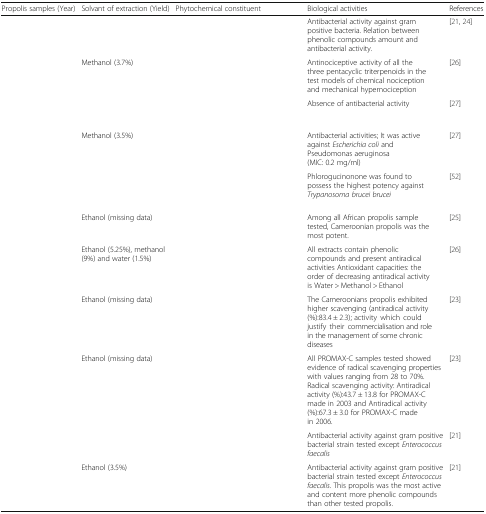
<table><thead><tr><td><b>Propolis samples (Year)</b></td><td><b>Solvant of extraction (Yield)</b></td><td><b>Phytochemical constituent</b></td><td><b>Biological activities</b></td><td><b>References</b></td></tr></thead><tbody><tr><td>[EMPTY_CELL]</td><td>[EMPTY_CELL]</td><td>[EMPTY_CELL]</td><td>Antibacterial activity against gram positive bacteria. Relation between phenolic compounds amount and antibacterial activity.</td><td>[21, 24]</td></tr><tr><td>[EMPTY_CELL]</td><td>Methanol (3.7%)</td><td>[EMPTY_CELL]</td><td>Antinociceptive activity of all the three pentacyclic triterpenoids in the test models of chemical nociception and mechanical hypernociception</td><td>[26]</td></tr><tr><td>[EMPTY_CELL]</td><td>[EMPTY_CELL]</td><td>[EMPTY_CELL]</td><td>Absence of antibacterial activity</td><td>[27]</td></tr><tr><td>[EMPTY_CELL]</td><td>Methanol (3.5%)</td><td>[EMPTY_CELL]</td><td>Antibacterial activities; It was active against <i>Escherichia coli</i> and Pseudomonas aeruginosa (MIC: 0.2 mg/ml)</td><td>[27]</td></tr><tr><td>[EMPTY_CELL]</td><td>[EMPTY_CELL]</td><td>[EMPTY_CELL]</td><td>Phlorogucinonone was found to possess the highest potency against <i>Trypanosoma brucei brucei</i></td><td>[52]</td></tr><tr><td>[EMPTY_CELL]</td><td>Ethanol (missing data)</td><td>[EMPTY_CELL]</td><td>Among all African propolis sample tested, Cameroonian propolis was the most potent.</td><td>[25]</td></tr><tr><td>[EMPTY_CELL]</td><td>Ethanol (5.25%), methanol (9%) and water (1.5%)</td><td>[EMPTY_CELL]</td><td>All extracts contain phenolic compounds and present antiradical activities Antioxidant capacities: the order of decreasing antiradical activity is Water &gt; Methanol &gt; Ethanol</td><td>[26]</td></tr><tr><td>[EMPTY_CELL]</td><td>Ethanol (missing data)</td><td>[EMPTY_CELL]</td><td>The Cameroonians propolis exhibited higher scavenging (antiradical activity (%):83.4 ± 2.3); activity which could justify their commercialisation and role in the management of some chronic diseases</td><td>[23]</td></tr><tr><td>[EMPTY_CELL]</td><td>Ethanol (missing data)</td><td>[EMPTY_CELL]</td><td>All PROMAX-C samples tested showed evidence of radical scavenging properties with values ranging from 28 to 70%. Radical scavenging activity: Antiradical activity (%):43.7 ± 13.8 for PROMAX-C made in 2003 and Antiradical activity (%):67.3 ± 3.0 for PROMAX-C made in 2006.</td><td>[23]</td></tr><tr><td>[EMPTY_CELL]</td><td>[EMPTY_CELL]</td><td>[EMPTY_CELL]</td><td>Antibacterial activity against gram positive bacterial strain tested except <i>Enterococcus faecalis</i></td><td>[21]</td></tr><tr><td>[EMPTY_CELL]</td><td>Ethanol (3.5%)</td><td>[EMPTY_CELL]</td><td>Antibacterial activity against gram positive bacterial strain tested except <i>Enterococcus faecalis</i>. This propolis was the most active and content more phenolic compounds than other tested propolis.</td><td>[21]</td></tr></tbody></table>